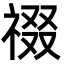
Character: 䄌